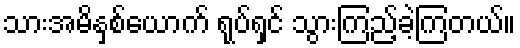
သားအမိနှစ်ယောက် ရုပ်ရှင် သွားကြည့်ခဲ့ကြတယ်။